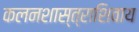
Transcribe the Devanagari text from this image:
कलनशास्त्राशिवाय